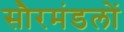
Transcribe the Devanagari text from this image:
सौरमंडलों